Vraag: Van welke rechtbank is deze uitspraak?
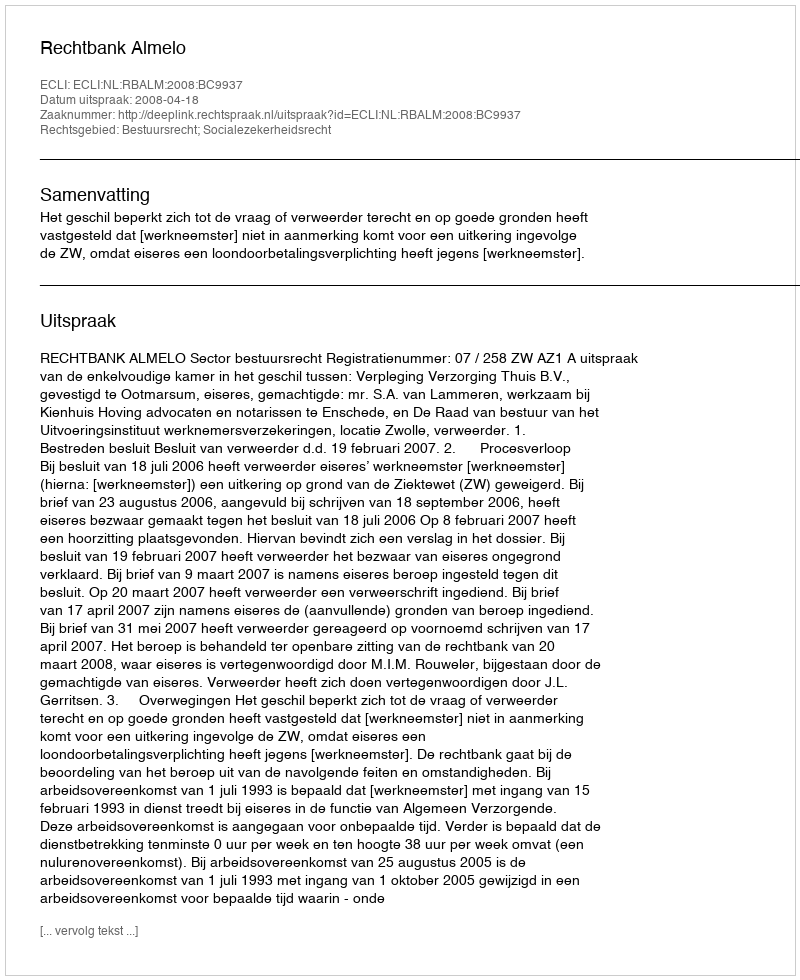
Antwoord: Rechtbank Almelo